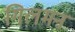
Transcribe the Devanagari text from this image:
गिलमन